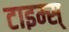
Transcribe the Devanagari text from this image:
टाइम्स्